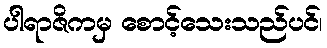
ပါရာဇိကမှ စောင့်သေးသည်ပင်၊